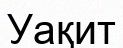
Уақит